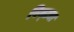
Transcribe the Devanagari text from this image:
पिन्ट्या